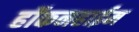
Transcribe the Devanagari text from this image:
हॉकनहाईम